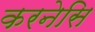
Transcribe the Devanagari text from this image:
करनेसि